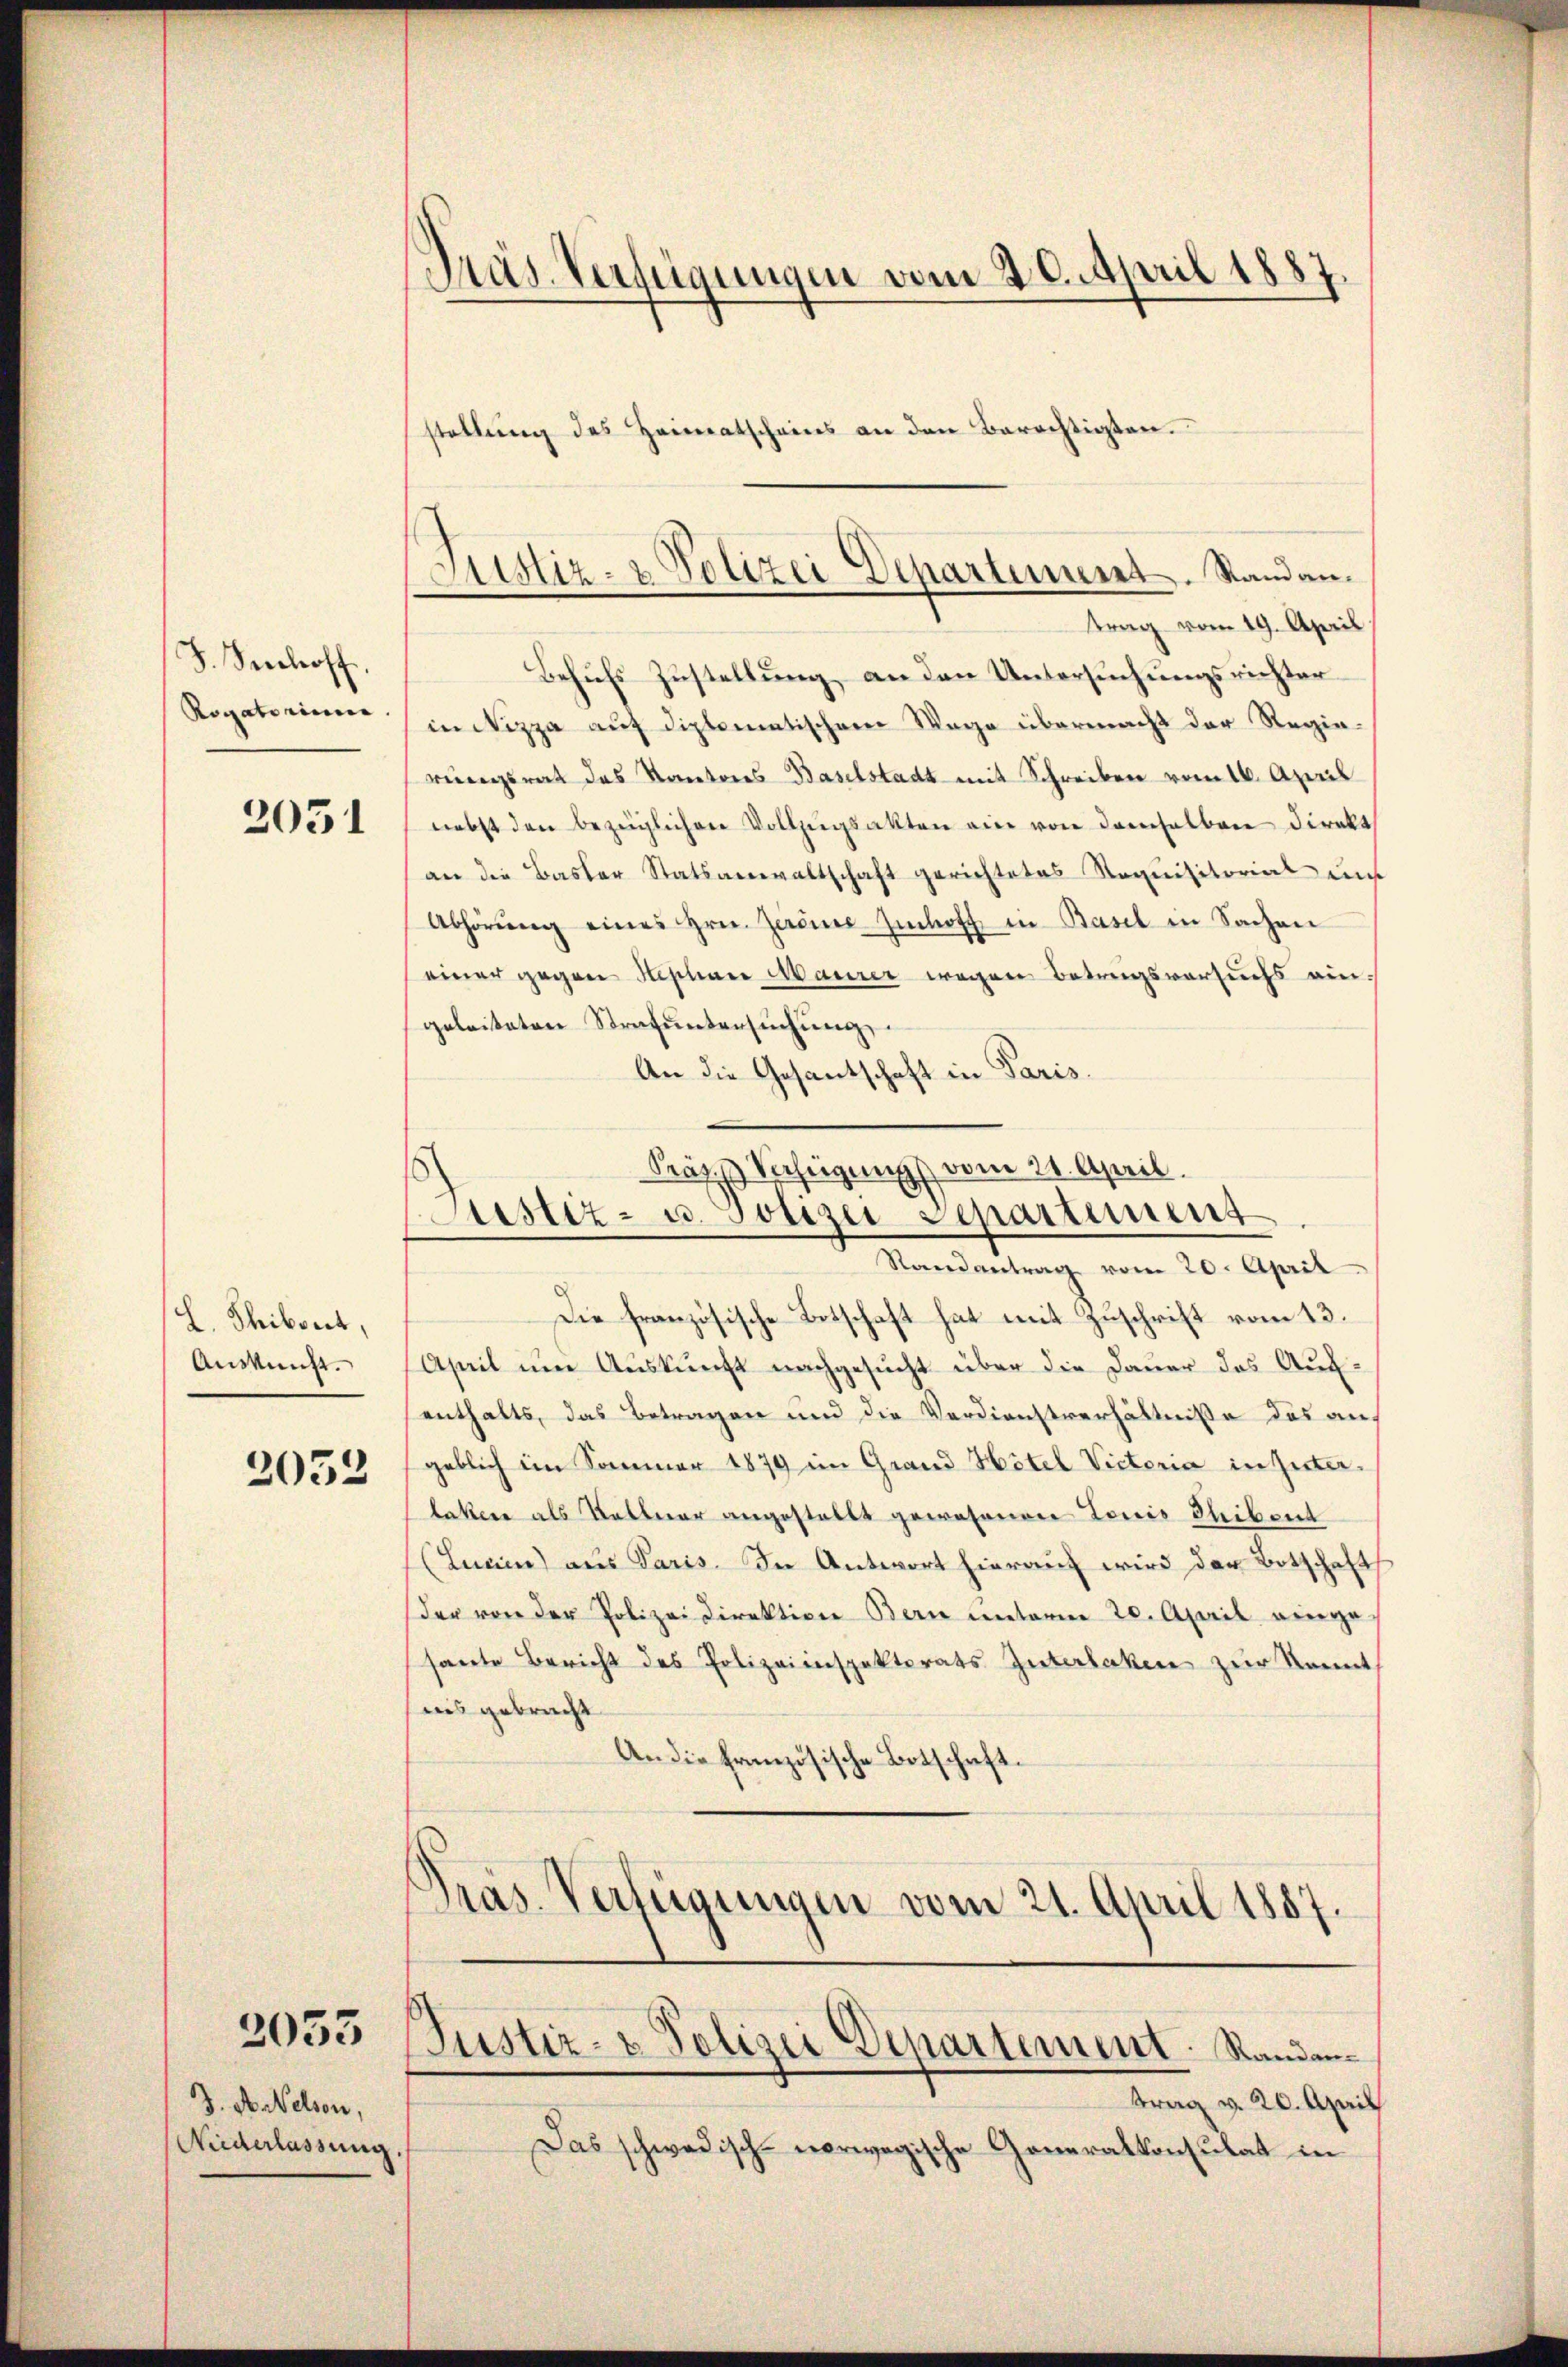
F. Schoff,
Rogatorinne

2051

L. Thibvert,
Auskunft.

2052

2053

J. A. Nelsen,
Niederlassung.

Präs. Verfügungen vom 20. April 1887.
stellŭng des Heimatscheins an den Berechtigten.

Behufs Zustellung, an den Untersuchungsrichter
in Nizza auf diplomatischem Wege übermacht der Regie-
werungsrat des Kantones Baselstadt mit Schreiben vom 16. April
nebst den bezüglichen Vollzŭgsakten ein von demselben direkt
an die Basler Statsanwaltschaft gerichtetes Requisitorial uns
Abhörŭng eines Hrn. Zereier-Imhoff in Basel in Sachen
einer gegen Stephan Maurer wegen Betragsversuchs eingeleiteten Strafuntersuchung
An die Gesantschaft in Paris.

Justiz- & Polizei Departement. Stand antrag vom 19. April

Präpp Verfügung vom 21. April.
Justiz- u. Polizei Departement
Randantrag vom 20. April

Die französische Botschaft hat mit Zuschrift vom 13.
April um Auskunft nachgesucht über die Dauer das Aufenthalts, das Betragen und die Verdienstverhältniße des auf
geblich im Sommer 1879 im Grand Hotel Victoria in Güter-
laktere als Ballerer angestellt gewesenen Tonis Thibent
(Luain) aus Paris. In Antwort hierauf wird der Botschaft
der von der Polizei Direktion Bern unterm 20. April einge
sante Bericht des Polizeiinspektorats Guterlaken zur Kennt
iis gebracht
An die französische Botschaft.
Präs. Verfügungen vom 21. April 1887.

Justiz- & Polizei Departement. Randan¬

ttrag v. 20. April
Das schwedisch-vorwegische Generalkonsulat in